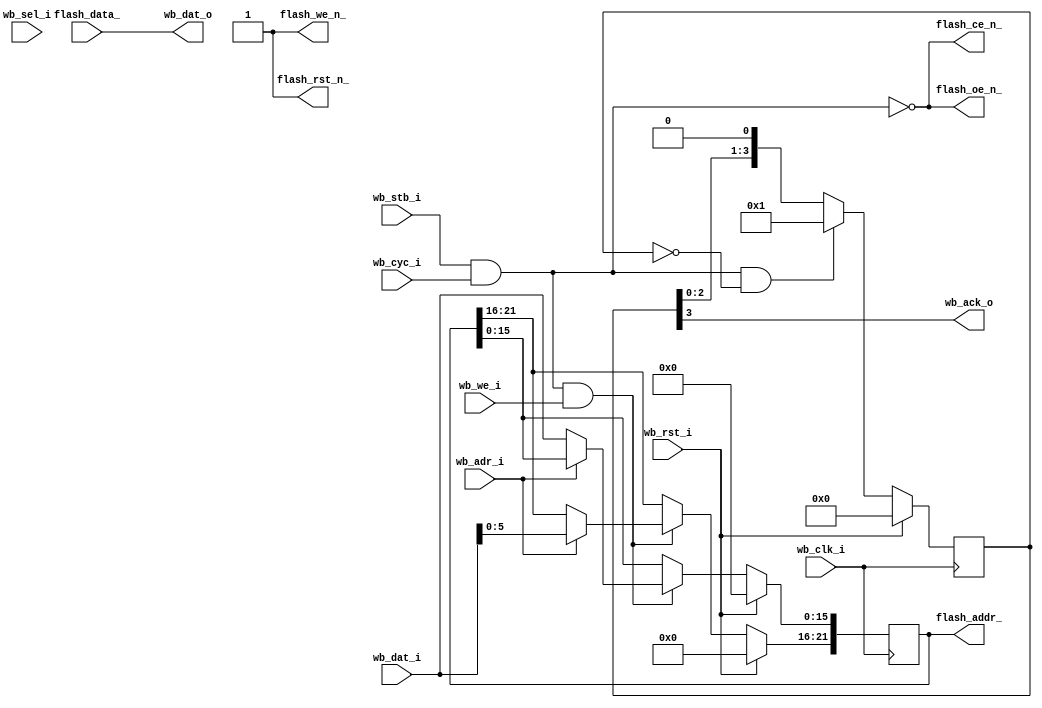
module flash16_dack #(
	 parameter delayed = 4
	 )
	 (
     // Wishbone slave interface
    input           wb_clk_i,
    input           wb_rst_i,
    input  [15:0]   wb_dat_i,
    output [15:0]   wb_dat_o,
    input           wb_we_i,
    input           wb_adr_i,    // Wishbone address line
    input  [ 1:0]   wb_sel_i,
    input           wb_stb_i,
    input           wb_cyc_i,
    output          wb_ack_o,

    // Pad signals
    output [21:0] flash_addr_,
    input  [15:0] flash_data_,
    output        flash_we_n_,
    output        flash_oe_n_,
    output        flash_ce_n_,
    output        flash_rst_n_
  );

  // Registers and nets
  wire        op;
  wire        wr_command;
  reg  [21:0] address;
  reg  [delayed-1:0]  delay;

  // Combinatorial logic
  assign op = wb_stb_i & wb_cyc_i;

  assign flash_rst_n_ = 1'b1;
  assign flash_we_n_  = 1'b1;
  assign flash_oe_n_  = !op;
  assign flash_ce_n_  = !op;

  assign flash_addr_  = address;
  assign wr_command   = op & wb_we_i;  // Wishbone write access Signal

  assign wb_ack_o = delay[delayed-1];
  assign wb_dat_o = flash_data_;
  
  // behaviour
  
  // --------------------------------------------------------------------
  // Register addresses and defaults
  // --------------------------------------------------------------------
  `define FLASH_ALO   1'h0    // Lower 16 bits of address lines
  `define FLASH_AHI   1'h1    // Upper  6 bits of address lines
  always @(posedge wb_clk_i)  // Synchrounous
    if(wb_rst_i)
      address <= 22'h000000;  // Interupt Enable default
    else
      if(wr_command)          // If a write was requested
        case(wb_adr_i)        // Determine which register was writen to
            `FLASH_ALO: address[15: 0] <= wb_dat_i;
            `FLASH_AHI: address[21:16] <= wb_dat_i[5:0];
            default:    ;     // Default
        endcase               // End of case
		  
	// delay shift register
	always @(posedge wb_clk_i)
		delay <= wb_rst_i ? 1'd0
				: (op & delay==1'd0 ? 1'd1 : { delay[delayed-2:0], 1'b0 });		  
					
endmodule